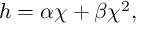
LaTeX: h = \alpha \chi + \beta \chi ^ { 2 } ,